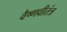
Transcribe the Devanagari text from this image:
वैष्णवीतंत्र